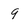
Character: 9